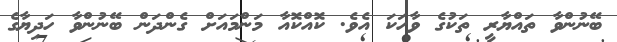
ބޭނުންވާ ތައްޔާރީ ތަކުގެ ވާހަކަ އެވެ. ކޮއްކޮއާ މަންމައަށް ގެންދަން ބޭނުންވާ ހަދިޔާގެ